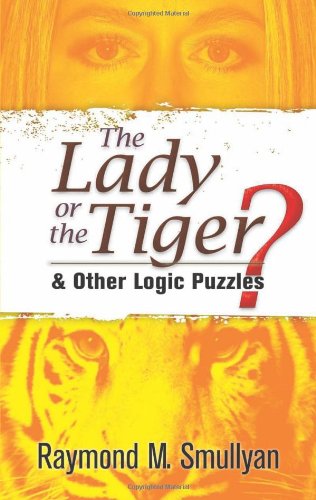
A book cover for The Lady or the Tiger?: and Other Logic Puzzles (Dover Recreational Math); Raymond M. Smullyan; Humor & Entertainment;